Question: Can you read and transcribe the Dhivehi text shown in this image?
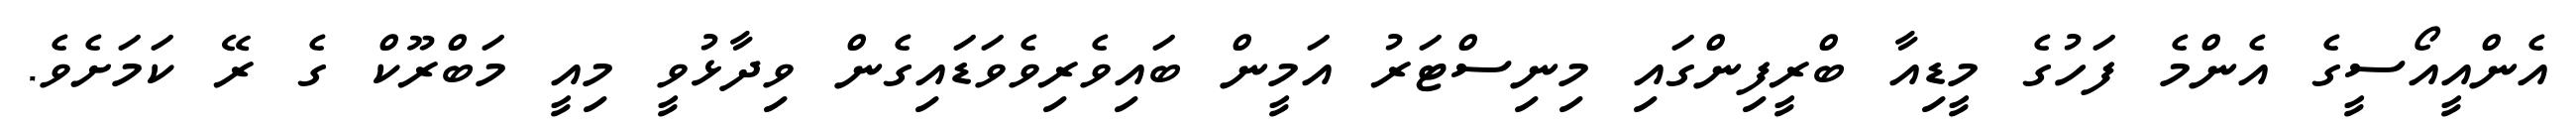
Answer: އެންއީއޯސީގެ އެންމެ ފަހުގެ މީޑިއާ ބްރީފިންގައި މިނިސްޓަރު އަމީން ބައިވެރިވެވަޑައިގެން ވިދާޅުވީ މިއީ މަބްރޫކް ގެ ރޭ ކަމަށެވެ.